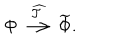
LaTeX: \Phi \stackrel { \widehat { \cal T } } { \longrightarrow } \widetilde \Phi .